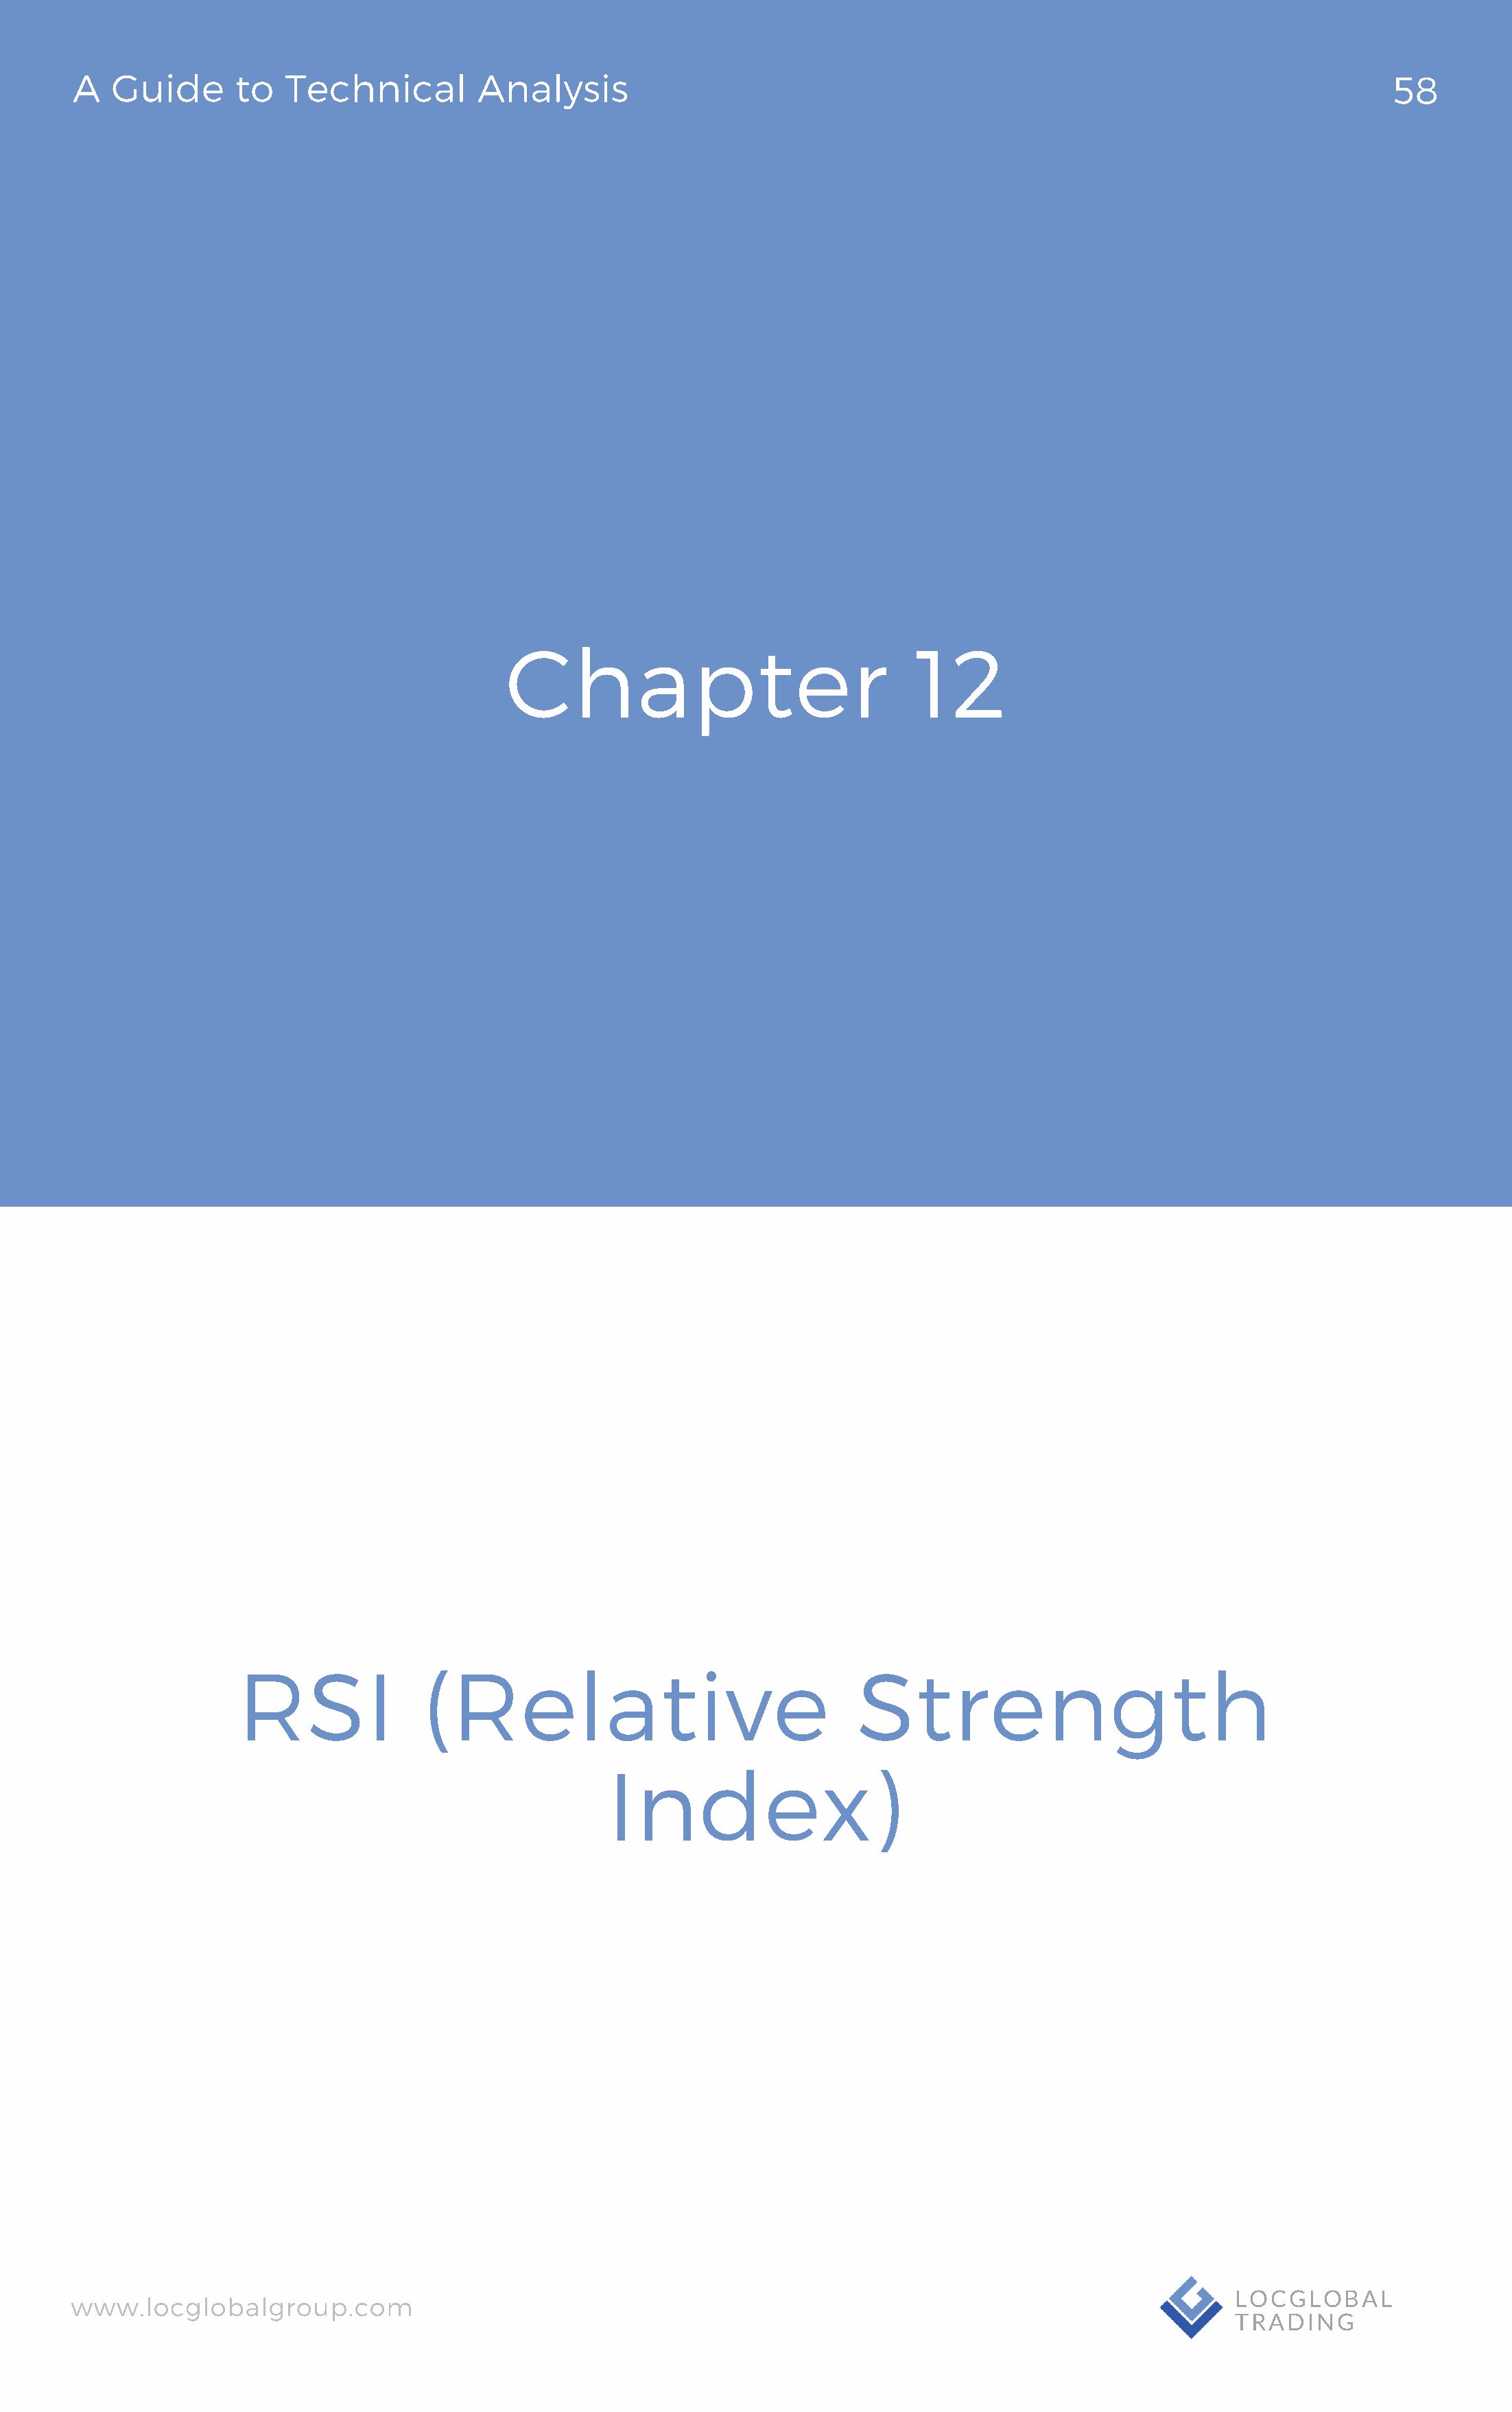
A   Guide       to  Technical          Analysis                                                                                58
 Chapter                                12
 RSI               (Relative                                 Strength
 Index)
 www.locglobalgroup.com                                                                                          LOCGLOBAL
 TRADING